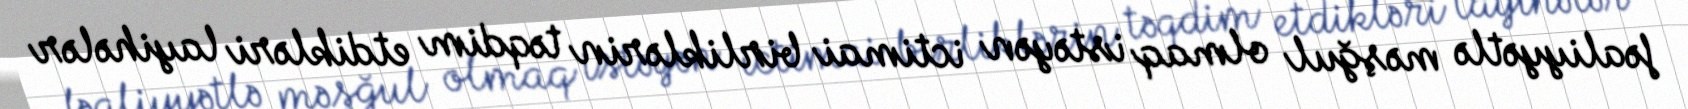
fəaliyyətlə məşğul olmaq istəyən ictimai birliklərin təqdim etdikləri layihələr